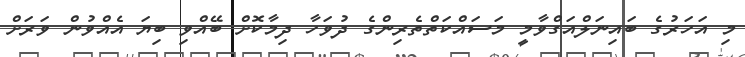
މި އަހަރުގެ ބައިނަލްއަގްވާމީ މަސައްކަތްތެރިންގެ ދުވަހާ ދިމާކޮށް ބޭއްވި ބިޔަ އެއްވުން ވަރަށް